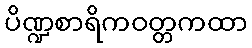
ပိဏ္ဍစာရိကဝတ္တကထာ